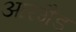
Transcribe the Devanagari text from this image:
आरगैड